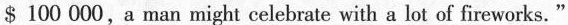
$ 100 000, a man might celebrate with a lot of fireworks."